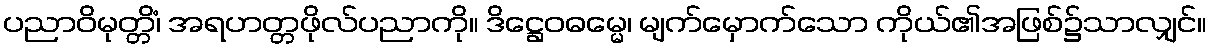
ပညာဝိမုတ္တိံ၊ အရဟတ္တဖိုလ်ပညာကို။ ဒိဋ္ဌေဝဓမ္မေ၊ မျက်မှောက်သော ကိုယ်၏အဖြစ်၌သာလျှင်။